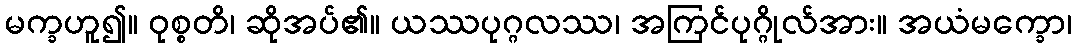
မက္ခဟူ၍။ ဝုစ္စတိ၊ ဆိုအပ်၏။ ယဿပုဂ္ဂလဿ၊ အကြင်ပုဂ္ဂိုလ်အား။ အယံမက္ခော၊